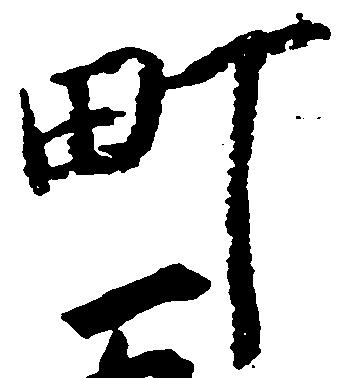
町